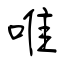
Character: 唯